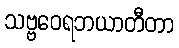
သဗ္ဗဝေရဘယာတီတာ